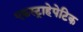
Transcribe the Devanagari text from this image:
एकस्ट्राहेपेटिक